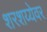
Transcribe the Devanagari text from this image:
शरशय्येवर